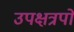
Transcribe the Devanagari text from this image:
उपक्षत्रपों